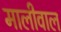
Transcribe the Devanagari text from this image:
मालीवाल